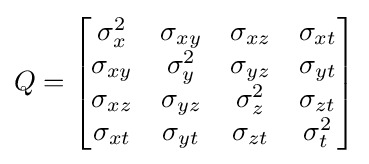
Q={\begin{bmatrix}\sigma _{x}^{2}&\sigma _{xy}&\sigma _{xz}&\sigma _{xt}\\\sigma _{xy}&\sigma _{y}^{2}&\sigma _{yz}&\sigma _{yt}\\\sigma _{xz}&\sigma _{yz}&\sigma _{z}^{2}&\sigma _{zt}\\\sigma _{xt}&\sigma _{yt}&\sigma _{zt}&\sigma _{t}^{2}\end{bmatrix}}